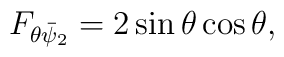
F_{\theta\bar{\psi}_{2}} = 2\sin\theta\cos\theta,